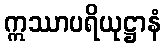
ဣဿာပရိယုဋ္ဌာနံ